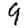
Digit: 9